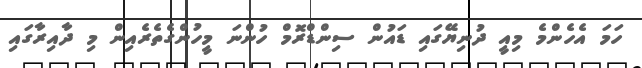
ހަމަ އެހެންމެ މިއީ ދުނިޔޭގައި ޑައުން ސިންޑްރޮމް ހުންނަ މީހުންގެތެރެއިން މި ދާއިރާގައި